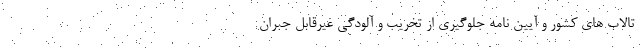
تالاب های کشور و آیین نامه جلوگیری از تخریب و آلودگی غیرقابل جبران